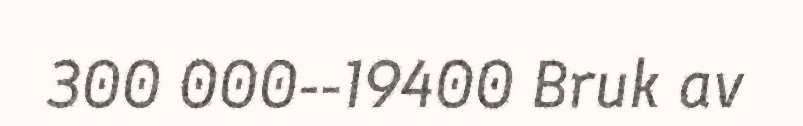
300 000--19400 Bruk av